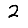
Digit: 2